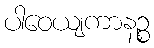
ပါဝေယျကာနဉ္စ